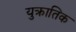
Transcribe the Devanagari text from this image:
युक्रातिक